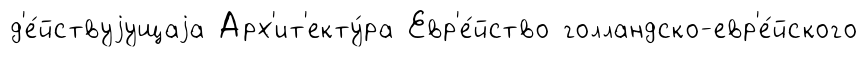
д'е́йствуjущаjа Арх'ит'екту́ра Евр'е́йство голландско-евр'е́йского